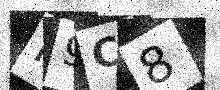
Text: I9C8